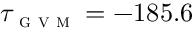
\tau _ { \textsc { g v m } } = - 1 8 5 . 6